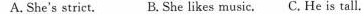
A. She's strict. B. She likes music. C. He is tall.